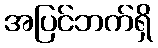
အပြင်ဘက်ရှိ